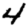
Digit: 4